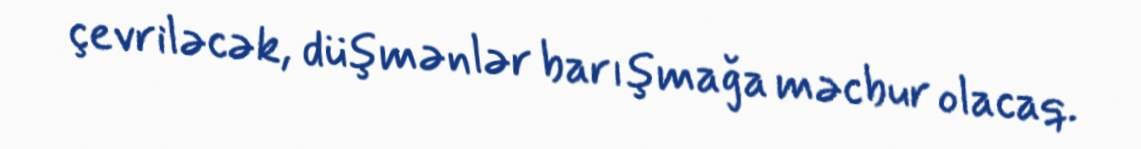
çevriləcək, düşmənlər barışmağa məcbur olacaq.